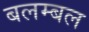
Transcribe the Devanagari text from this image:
बलम्बल